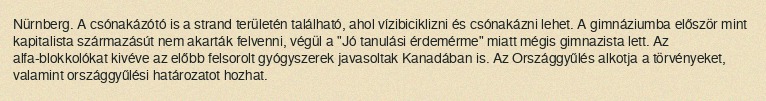
Nürnberg. A csónakázótó is a strand területén található, ahol vízibiciklizni és csónakázni lehet. A gimnáziumba először mint kapitalista származásút nem akarták felvenni, végül a "Jó tanulási érdemérme" miatt mégis gimnazista lett. Az alfa-blokkolókat kivéve az előbb felsorolt gyógyszerek javasoltak Kanadában is. Az Országgyűlés alkotja a törvényeket, valamint országgyűlési határozatot hozhat.